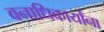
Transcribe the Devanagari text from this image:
वनाधिकार्यांना